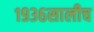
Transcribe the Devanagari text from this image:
१९३६सालीच